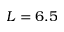
L = 6 . 5